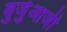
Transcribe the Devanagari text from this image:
बुर्जुआजी